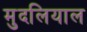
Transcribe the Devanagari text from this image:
मुदलियाल